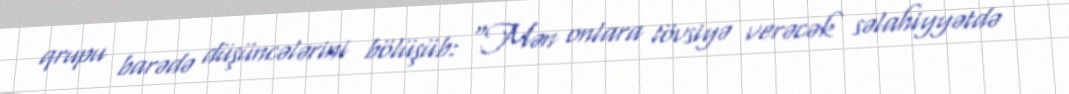
qrupu barədə düşüncələrini bölüşüb: “Mən onlara tövsiyə verəcək səlahiyyətdə